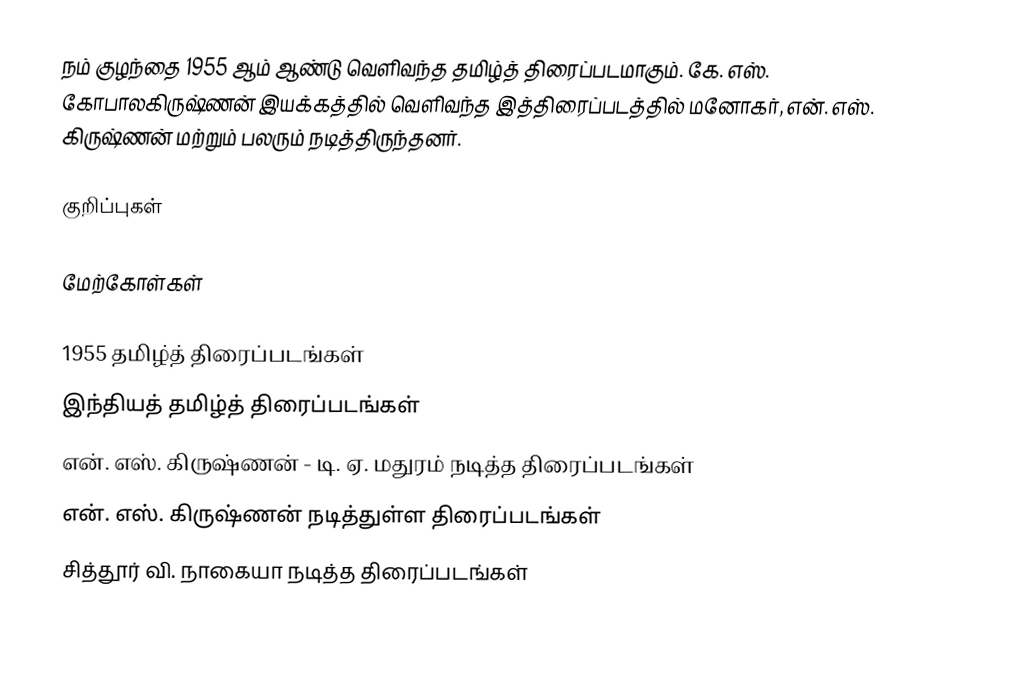
நம் குழந்தை 1955 ஆம் ஆண்டு வெளிவந்த தமிழ்த் திரைப்படமாகும். கே. எஸ். கோபாலகிருஷ்ணன் இயக்கத்தில் வெளிவந்த இத்திரைப்படத்தில் மனோகர், என். எஸ். கிருஷ்ணன் மற்றும் பலரும் நடித்திருந்தனர்.

குறிப்புகள்

மேற்கோள்கள்

1955 தமிழ்த் திரைப்படங்கள்
இந்தியத் தமிழ்த் திரைப்படங்கள்
என். எஸ். கிருஷ்ணன் - டி. ஏ. மதுரம் நடித்த திரைப்படங்கள்
என். எஸ். கிருஷ்ணன் நடித்துள்ள திரைப்படங்கள்
சித்தூர் வி. நாகையா நடித்த திரைப்படங்கள்